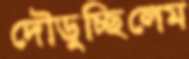
দৌড়ুচ্ছিলেম